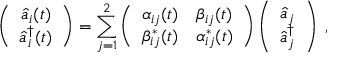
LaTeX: \left( \begin{array} { c } { { \hat { a } _ { i } ( t ) } } \\ { { \hat { a } _ { i } ^ { \dag } ( t ) } } \end{array} \right) = \sum _ { j = 1 } ^ { 2 } \left( \begin{array} { c c } { { \alpha _ { i j } ( t ) } } & { { \beta _ { i j } ( t ) } } \\ { { \beta _ { i j } ^ { \ast } ( t ) } } & { { \alpha _ { i j } ^ { \ast } ( t ) } } \end{array} \right) \left( \begin{array} { c } { { \hat { a } _ { j } } } \\ { { \hat { a } _ { j } ^ { \dag } } } \end{array} \right) \; ,